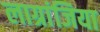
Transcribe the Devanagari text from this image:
लाग्रांजिया